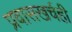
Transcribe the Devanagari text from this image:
प्रवासखर्चही